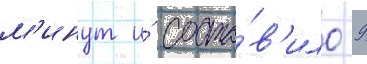
м'инут и́ соста́в'ило 9